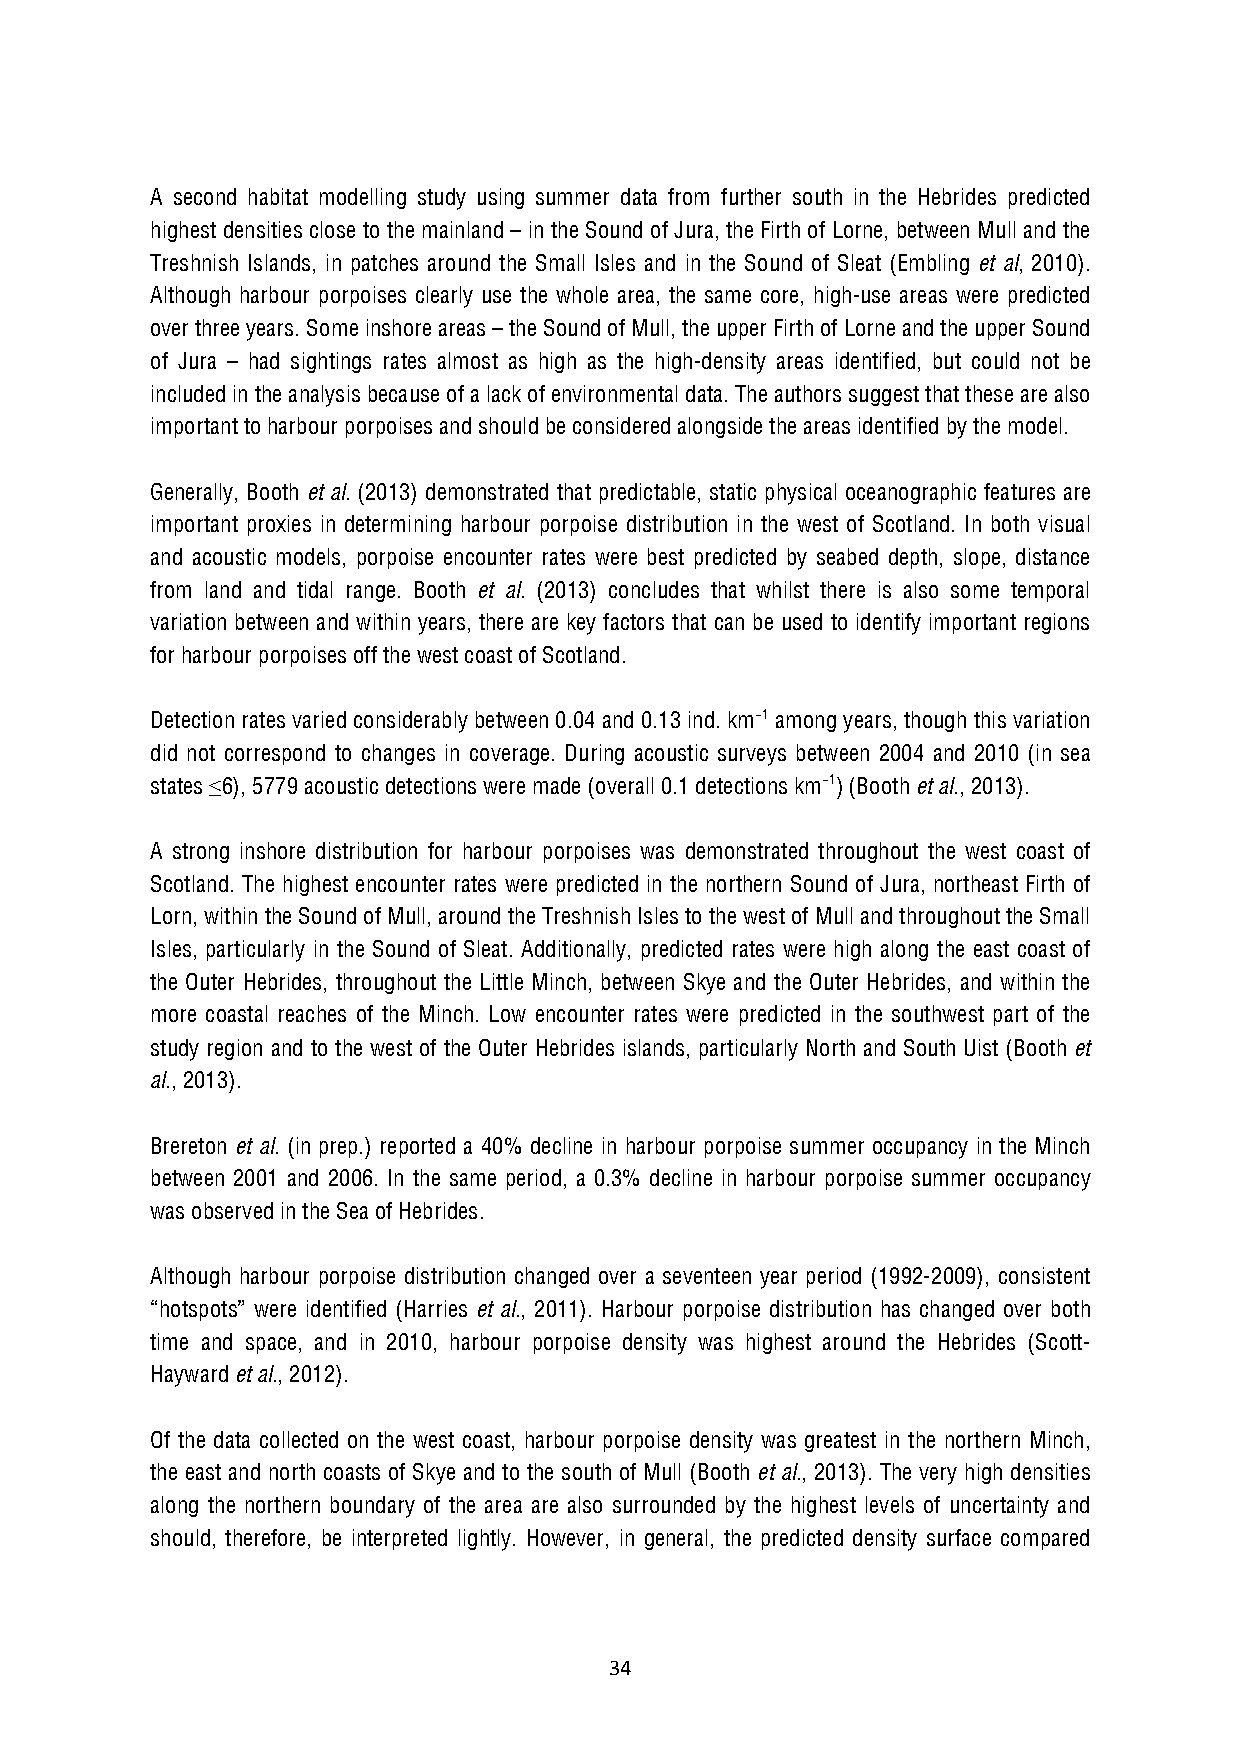
A second habitat modelling study using summer data from further south in the Hebrides predicted
 highest densities close to the mainland – in the Sound of Jura, the Firth of Lorne, between Mull and the
 Treshnish Islands, in patches around the Small Isles and in the Sound of Sleat (Embling et al, 2010).
 Although harbour porpoises clearly use the whole area, the same core, high-use areas were predicted
 over three years. Some inshore areas – the Sound of Mull, the upper Firth of Lorne and the upper Sound
 of Jura – had sightings rates almost as high as the high-density areas identified, but could not be
 included in the analysis because of a lack of environmental data. The authors suggest that these are also
 important to harbour porpoises and should be considered alongside the areas identified by the model.
 Generally, Booth et al. (2013) demonstrated that predictable, static physical oceanographic features are
 important proxies in determining harbour porpoise distribution in the west of Scotland. In both visual
 and acoustic models, porpoise encounter rates were best predicted by seabed depth, slope, distance
 from land and tidal range. Booth et al. (2013) concludes that whilst there is also some temporal
 variation between and within years, there are key factors that can be used to identify important regions
 for harbour porpoises off the west coast of Scotland.
 Detection rates varied considerably between 0.04 and 0.13 ind. km−1 among years, though this variation
 did not correspond to changes in coverage. During acoustic surveys between 2004 and 2010 (in sea
 states ≤6), 5779 acoustic detections were made (overall 0.1 detections km−1) (Booth et al., 2013).
 A strong inshore distribution for harbour porpoises was demonstrated throughout the west coast of
 Scotland. The highest encounter rates were predicted in the northern Sound of Jura, northeast Firth of
 Lorn, within the Sound of Mull, around the Treshnish Isles to the west of Mull and throughout the Small
 Isles, particularly in the Sound of Sleat. Additionally, predicted rates were high along the east coast of
 the Outer Hebrides, throughout the Little Minch, between Skye and the Outer Hebrides, and within the
 more coastal reaches of the Minch. Low encounter rates were predicted in the southwest part of the
 study region and to the west of the Outer Hebrides islands, particularly North and South Uist (Booth et
 al., 2013).
 Brereton et al. (in prep.) reported a 40% decline in harbour porpoise summer occupancy in the Minch
 between 2001 and 2006. In the same period, a 0.3% decline in harbour porpoise summer occupancy
 was observed in the Sea of Hebrides.
 Although harbour porpoise distribution changed over a seventeen year period (1992-2009), consistent
 “hotspots” were identified (Harries et al., 2011). Harbour porpoise distribution has changed over both
 time and space, and in 2010, harbour porpoise density was highest around the Hebrides (Scott-
 Hayward et al., 2012).
 Of the data collected on the west coast, harbour porpoise density was greatest in the northern Minch,
 the east and north coasts of Skye and to the south of Mull (Booth et al., 2013). The very high densities
 along the northern boundary of the area are also surrounded by the highest levels of uncertainty and
 should, therefore, be interpreted lightly. However, in general, the predicted density surface compared
 34